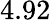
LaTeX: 4.92